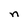
Character: n